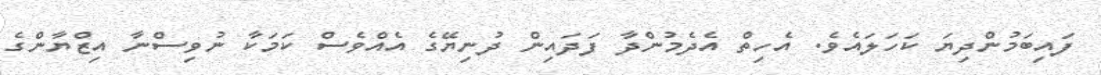
ފައިބަމުންދިޔަ ކަހަލައެވެ. އެހިތް އެދެމުންދާ ފަދައިން ދުނިޔޭގެ އެއްވެސް ކަމަކާ ނުވިސްނާ އިޒްޔާންގެ